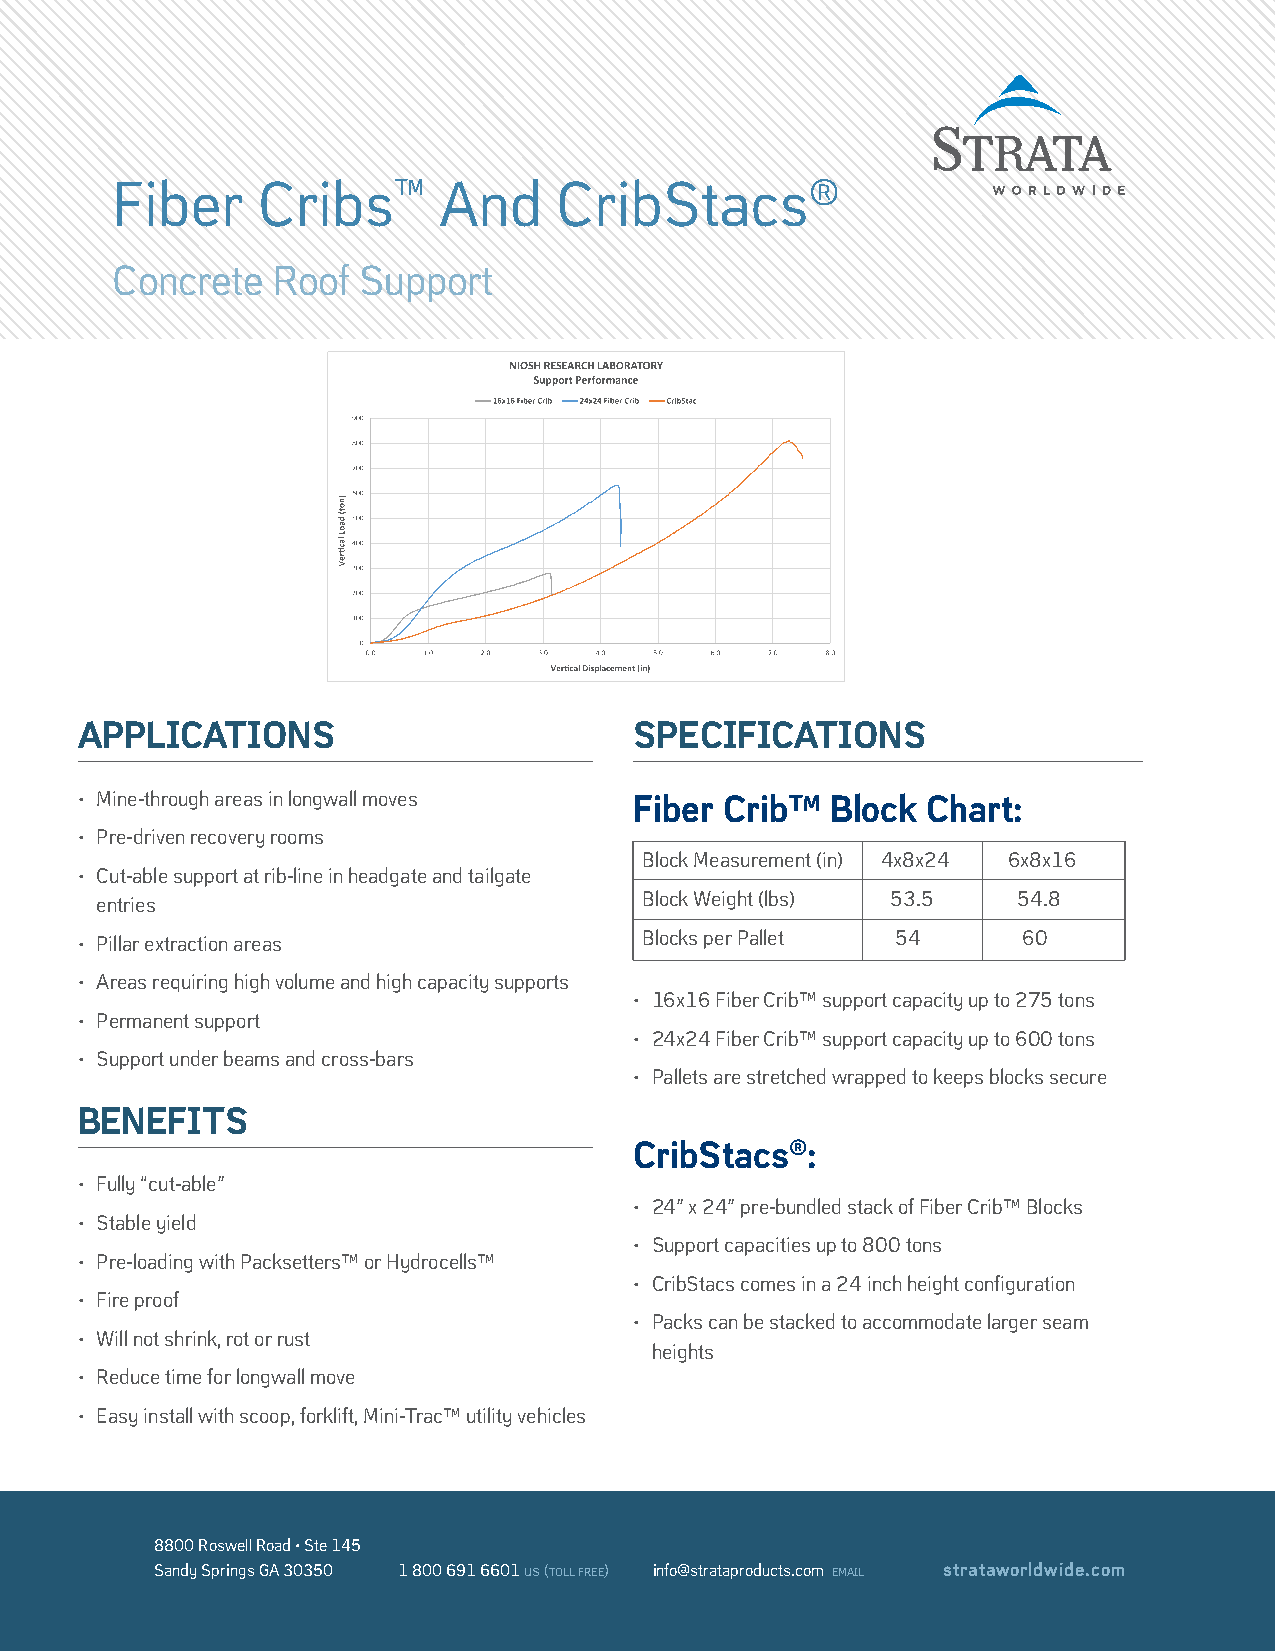
Fiber     Cribs™      And     CribStacs®
 Concrete   Roof  Support
 APPLICATIONS                         SPECIFICATIONS
 • Mine-through areas in longwall moves Fiber Crib™ Block Chart:
 • Pre-driven recovery rooms
 Block Measurement (in) 4x8x24 6x8x16
 • Cut-able support at rib-line in headgate and tailgate
 entries                              Block Weight (lbs) 53.5 54.8
 • Pillar extraction areas             Blocks per Pallet 54     60
 • Areas requiring high volume and high capacity supports
 • 16x16 Fiber Crib™ support capacity up to 275 tons
 • Permanent support
 • 24x24 Fiber Crib™ support capacity up to 600 tons
 • Support under beams and cross-bars
 • Pallets are stretched wrapped to keeps blocks secure
 BENEFITS
 CribStacs®:
 • Fully “cut-able”
 • 24” x 24” pre-bundled stack of Fiber Crib™ Blocks
 • Stable yield
 • Support capacities up to 800 tons
 • Pre-loading with Packsetters™ or Hydrocells™
 • CribStacs comes in a 24 inch height configuration
 • Fire proof
 • Packs can be stacked to accommodate larger seam
 • Will not shrink, rot or rust
 heights
 • Reduce time for longwall move
 • Easy install with scoop, forklift, Mini-Trac™ utility vehicles
 8800 Roswell Road • Ste 145
 Sandy Springs GA 30350 1 800 691 6601 us (toll free) info@strataproducts.com email strataworldwide.com